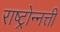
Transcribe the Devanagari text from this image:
राष्ट्रोन्नत्ती